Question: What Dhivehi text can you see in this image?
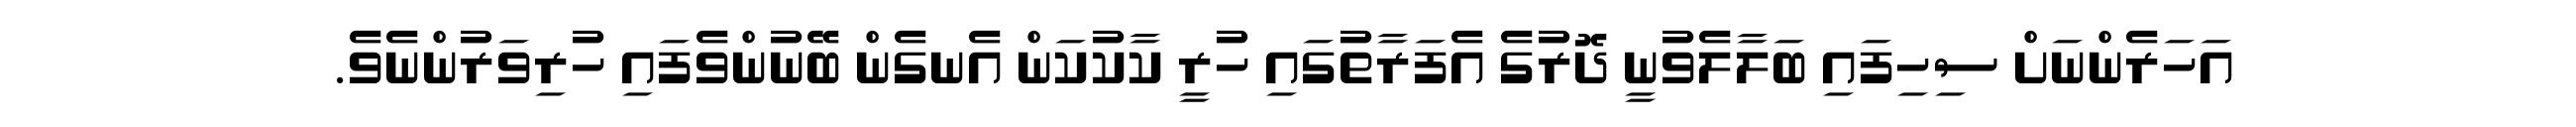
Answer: އަހަރެންނަށް ސިހިފައި ބަލާލެވުނީ ދޮރުގެ އެފަރާތުގައި ހުރީ ކާކުކަން އެނގެން ބޭނުންވެފައި ހުރިވަރުންނެވެ.